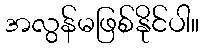
အလွန်မဖြစ်နိုင်ပါ။